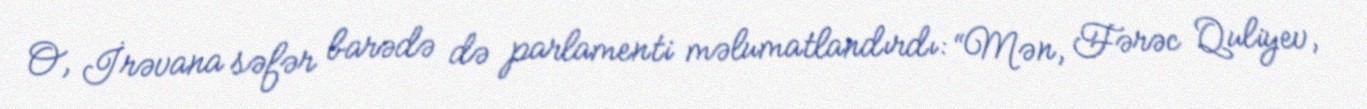
O, İrəvana səfər barədə də parlamenti məlumatlandırdı: “Mən, Fərəc Quliyev,